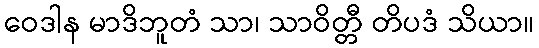
ဝေဒါန မာဒိဘူတံ သာ၊ သာဝိတ္တီ တိပဒံ သိယာ။